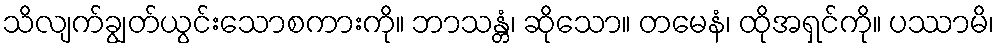
သိလျက်ချွတ်ယွင်းသောစကားကို။ ဘာသန္တံ၊ ဆိုသော။ တမေနံ၊ ထိုအရှင်ကို။ ပဿာမိ၊